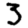
Digit: 3